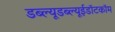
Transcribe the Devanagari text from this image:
डब्ल्यूडब्ल्यूईडॉटकॉम